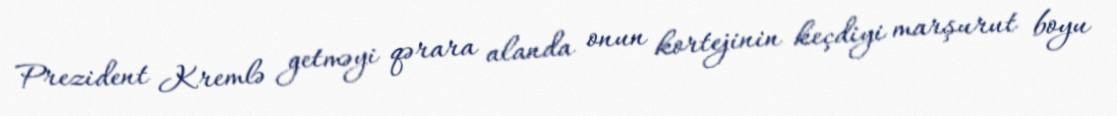
Prezident Kremlə getməyi qərara alanda onun kortejinin keçdiyi marşurut boyu